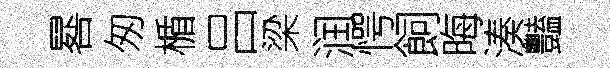
晷匆楯吕梁润愕飼晦湊豔